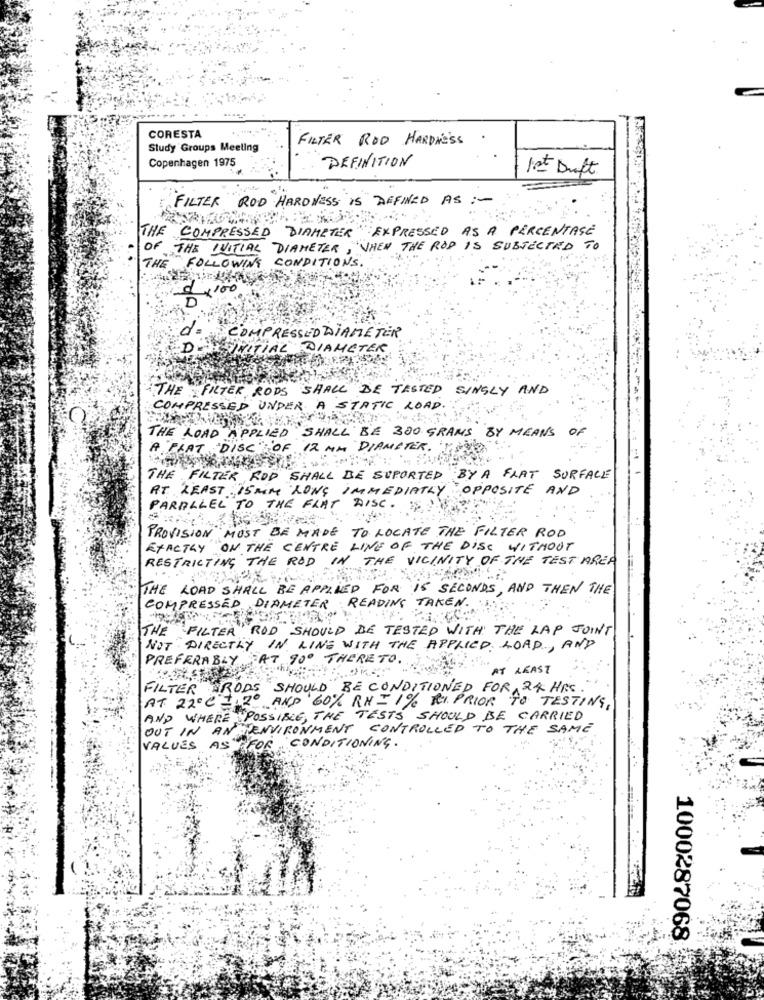
CORESTA
FILTER ROD HARDNESS
Study Groups Meeting
Copenhagen 1975
DEFINITION
Ist Duft
FILTER ROD HARDNESS IS DEFINED AS :-
THE
COMPRESSED DIAMETER EXPRESSED AS A PERCENTAGE
OF THE INITIAL DIAMETER, "WHEN THE ROD IS SUBJECTED TO
FOLLOWING CONDITIONS.
ROR
100
D
COMPRESSED DIAMETER
Di
INITIAL DIAMETER.
THE FILTER RODS SHALL BE TESTED SINGLY AND
COMPRESSED UNDER A STATIC ROAD.
THE ROAD APPLIED SHALL BE 300 GRAMS BY MEANS OF
A FLAT "DISC" OF 12 MM DIAMETER.
THE FILTER ROD SHALL BE SUPORTED BY A FLAT SURFACE
AT LEAST :15 MM LONG IMMEDIATELY OPPOSITE AND
PARALLEL TO THE FLAT DISC.
PROVISION MUST BE MADE TO LOCATE THE FILTER ROD
EXACTLY ON THE CENTRE LINE OF THE DISC WITHOUT
RESTRICTING THE ROD IN THE VICINITY OF THE TEST AREA
THE ROAD SHALL BE APPLIED FOR IS SECONDS, AND THEN THE
COMPRESSED DIAMETER READING TAKEN.
THE
FILTER ROD SHOULD BE TESTED WITH THE LAP JOINT
NOT DIRECTLY IN LINE WITH THE APPLIED ROAD, AND
PREFERABLY AT 90º THERETO.
AT LEAST
FILTER RODS SHOULD BE CONDITIONED FOR 24 HRS.
AT 22ºC =120 AND 60% RH=1% RI PRIOR TO TESTING,
AND WHERE POSSIBLE, THE TESTS SHOULD BE CARRIED
OUT IN ANDENVIRONMENT CONTROLLED TO THE SAME
VALUES AS FOR CONDITIONING.
1000287068